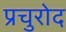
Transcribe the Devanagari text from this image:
प्रचुरोद